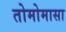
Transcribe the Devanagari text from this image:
तोमोमासा